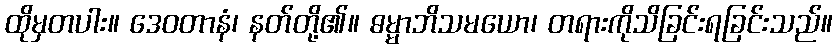
ထိုမှတပါး။ ဒေဝတာနံ၊ နတ်တို့၏။ ဓမ္မာဘိသမယော၊ တရားကိုသိခြင်းရခြင်းသည်။